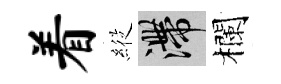
着𦂵滯欄